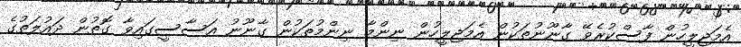
އެމަޖިލީހުން ފާސްކުރެވޭ ގާނޫނުތަކުން އެމަޖިލީހުން ނިންމާ ނިންމުތަކުން ގާނޫނު އަސާސީގައިވާ ގޮތުން ދައުލަތުގެ